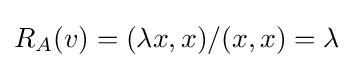
R_{A}(v)=(\lambda x,x)/(x,x)=\lambda